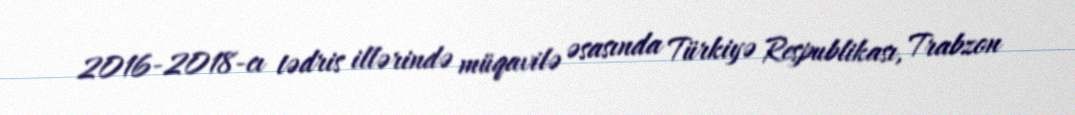
2016-2018-cı tədris illərində müqavilə əsasında Türkiyə Respublikası, Trabzon